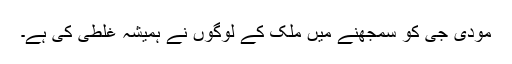
مودی جی کو سمجھنے میں ملک کے لوگوں نے ہمیشہ غلطی کی ہے۔